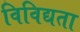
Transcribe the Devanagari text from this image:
विविद्यता